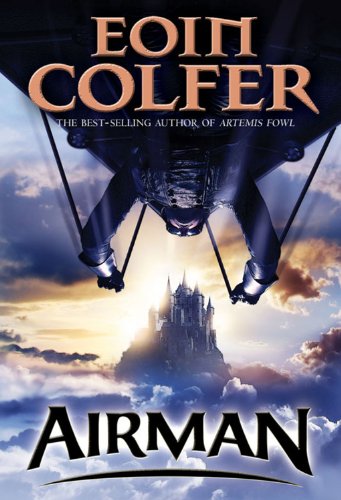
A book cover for Airman; Eoin Colfer; Children's Books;